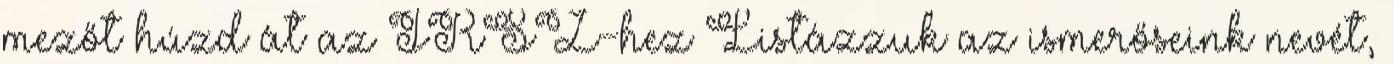
mezőt húzd át az IRSZ-hez Listázzuk az ismerőseink nevét,